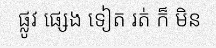
ផ្លូវ ផ្សេង ទៀត រត់ ក៏ មិន